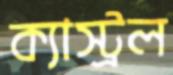
ক্যাস্ট্রল